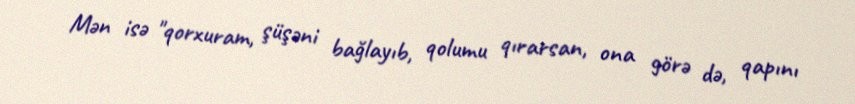
Mən isə "qorxuram, şüşəni bağlayıb, qolumu qırarsan, ona görə də, qapını